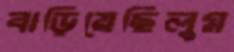
বাড়িয়েছিলুম